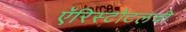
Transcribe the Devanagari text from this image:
ऍरिस्टोटलची